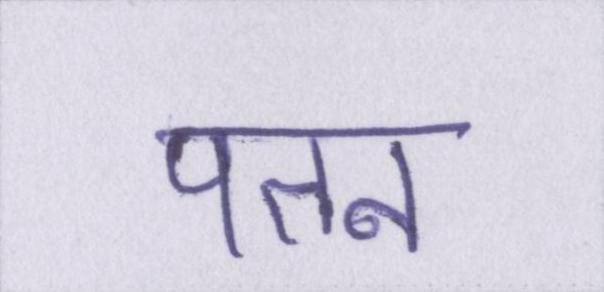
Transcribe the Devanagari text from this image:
पतन